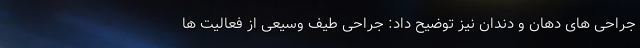
جراحی های دهان و دندان نیز توضیح داد: جراحی طیف وسیعی از فعالیت ها